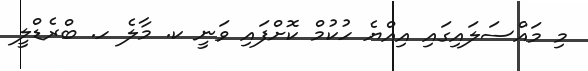
މި މައްސަލައިގައި އިއްޔެ ހުކުމް ކޮށްފައި ވަނީ ކ. މާލެ ހ. ބްރެޑްލީ